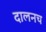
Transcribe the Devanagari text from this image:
दालनच